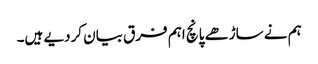
ہم نے ساڑھے پانچ اہم فرق بیان کردیے ہیں۔